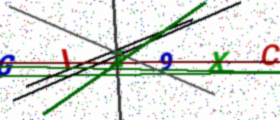
Text: GI29XC